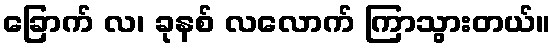
ခြောက် လ၊ ခုနစ် လလောက် ကြာသွားတယ်။